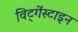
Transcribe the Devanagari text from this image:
विट्गेंस्टाइन